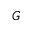
G